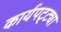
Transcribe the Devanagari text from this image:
कार्यपट्ट्या